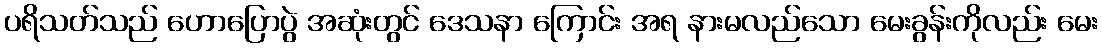
ပရိသတ်သည် ဟောပြောပွဲ အဆုံးတွင် ဒေသနာ ကြောင်း အရ နားမလည်သော မေးခွန်းကိုလည်း မေး